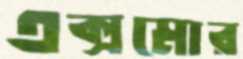
এক্সমোর